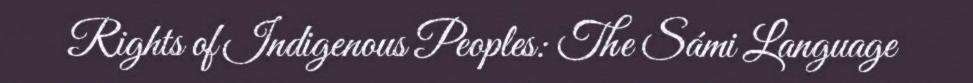
Rights of Indigenous Peoples: The Sámi Language